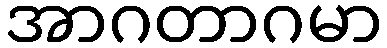
အာဂတာဂမာ